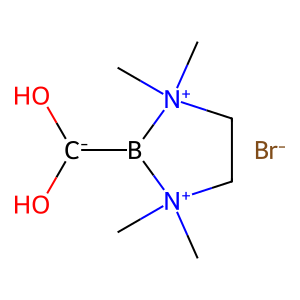
SMILES: C[N+]1(C)CC[N+](C)(C)B1[C-](O)O.[Br-]
Inhibits HIV replication: No